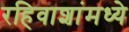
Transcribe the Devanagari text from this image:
रहिवाशांमध्ये